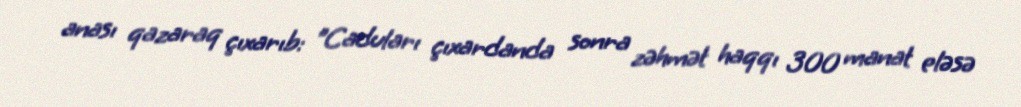
anası qazaraq çıxarıb: "Caduları çıxardanda sonra zəhmət haqqı 300 manat eləsə